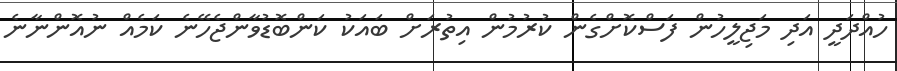
ހުއްދަދީ އަދި މަޖިލީހުން ފަސްކޮށްގެން ކުރުމުން އިތުރަށް ބައަކު ކަންބޮޑުވާންޖެހޭނެ ކަމެއް ނުއޮންނާނެ